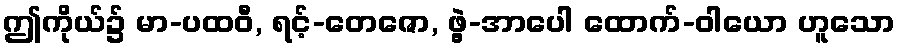
ဤကိုယ်၌ မာ-ပထဝီ, ရင့်-တေဇော, ဖွဲ့-အာပေါ ထောက်-ဝါယော ဟူသော